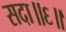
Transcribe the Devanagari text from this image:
सदा॥६॥